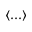
\langle . . . \rangle